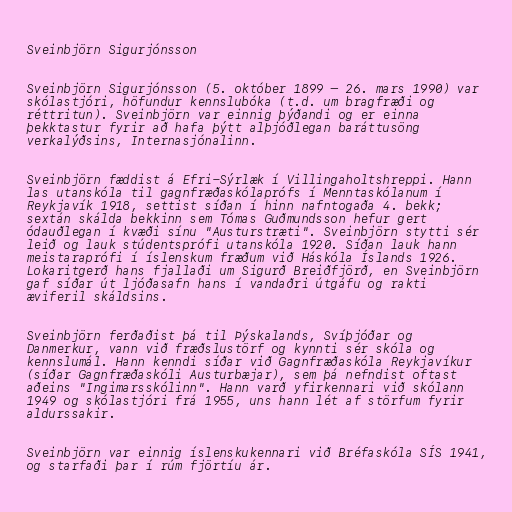
Sveinbjörn Sigurjónsson

Sveinbjörn Sigurjónsson (5. október 1899 – 26. mars 1990) var
skólastjóri, höfundur kennslubóka (t.d. um bragfræði og
réttritun). Sveinbjörn var einnig þýðandi og er einna
þekktastur fyrir að hafa þýtt alþjóðlegan baráttusöng
verkalýðsins, Internasjónalinn.

Sveinbjörn fæddist á Efri-Sýrlæk í Villingaholtshreppi. Hann
las utanskóla til gagnfræðaskólaprófs í Menntaskólanum í
Reykjavík 1918, settist síðan í hinn nafntogaða 4. bekk;
sextán skálda bekkinn sem Tómas Guðmundsson hefur gert
ódauðlegan í kvæði sínu "Austurstræti". Sveinbjörn stytti sér
leið og lauk stúdentsprófi utanskóla 1920. Síðan lauk hann
meistaraprófi í íslenskum fræðum við Háskóla Íslands 1926.
Lokaritgerð hans fjallaði um Sigurð Breiðfjörð, en Sveinbjörn
gaf síðar út ljóðasafn hans í vandaðri útgáfu og rakti
æviferil skáldsins.

Sveinbjörn ferðaðist þá til Þýskalands, Svíþjóðar og
Danmerkur, vann við fræðslustörf og kynnti sér skóla og
kennslumál. Hann kenndi síðar við Gagnfræðaskóla Reykjavíkur
(síðar Gagnfræðaskóli Austurbæjar), sem þá nefndist oftast
aðeins "Ingimarsskólinn". Hann varð yfirkennari við skólann
1949 og skólastjóri frá 1955, uns hann lét af störfum fyrir
aldurssakir.

Sveinbjörn var einnig íslenskukennari við Bréfaskóla SÍS 1941,
og starfaði þar í rúm fjörtíu ár.